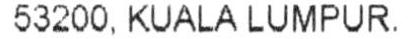
53200, KUALA LUMPUR.